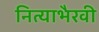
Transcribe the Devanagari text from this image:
नित्याभैरवी